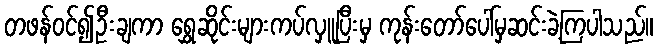
တဖန်ဝင်၍ဦးချကာ ရွှေဆိုင်းများကပ်လှူပြီးမှ ကုန်းတော်ပေါ်မှဆင်းခဲ့ကြပါသည်။